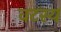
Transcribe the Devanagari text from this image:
वटस्य